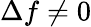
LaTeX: \Delta f\neq 0